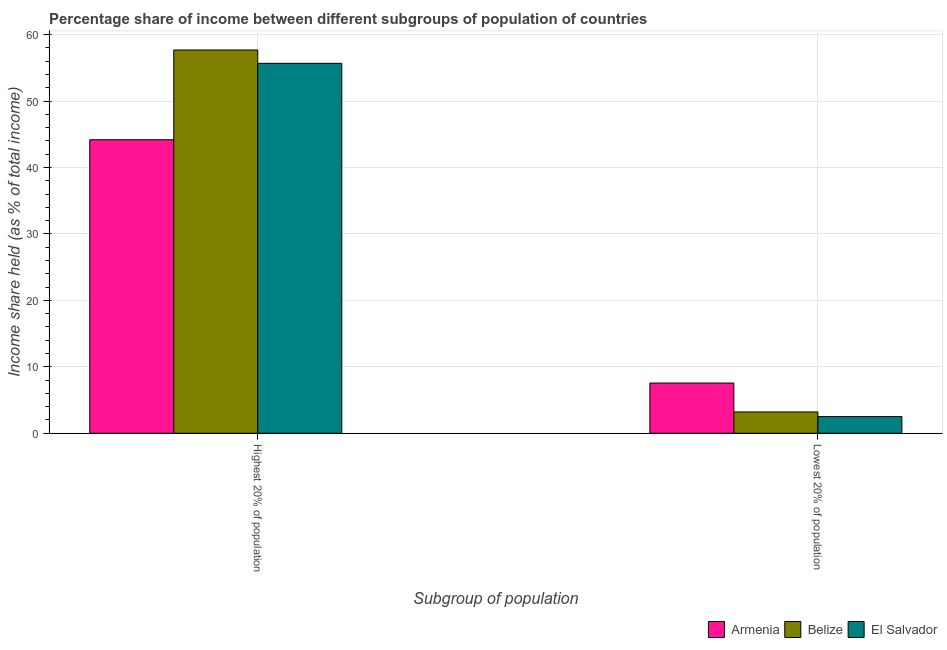
| Subgroup of population | Armenia | Belize | El Salvador |
 | --- | --- | --- | --- |
 | Highest 20% of population | 44.2 | 57.7 | 55.7 |
 | Lowest 20% of population | 7.56 | 3.21 | 2.51 |